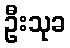
ဦးသုခ